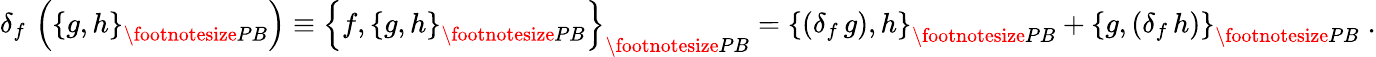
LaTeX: \delta_{f}\, \left(\left\{ g,h\right\} _{{\footnotesize PB}}\right)\equiv\left\{ f,\left\{ g,h\right\} _{{\footnotesize PB}}\right\} _{{\footnotesize PB}}=\left\{ \left(\delta_{f}\, g\right),h\right\} _{{\footnotesize PB}}+\left\{ g,\left(\delta_{f}\, h\right)\right\} _{{\footnotesize PB}}\; .